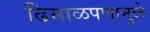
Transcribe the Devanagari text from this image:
ढिसाळपणामुळे